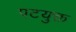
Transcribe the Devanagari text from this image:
पटयुक्त